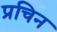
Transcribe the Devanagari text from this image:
प्रचिन